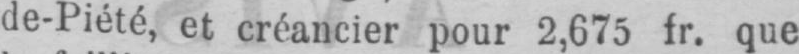
de-Piété, et créancier pour 2,675 fr. que